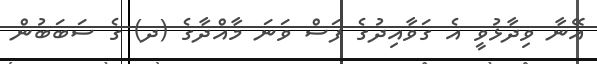
އޭނާ ވިދާޅުވީ އެ ގަވާއިދުގެ ފަސް ވަނަ މާއްދާގެ (ދ) ގެ ސަބަބުން